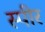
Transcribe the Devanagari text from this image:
स्पीर